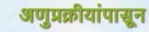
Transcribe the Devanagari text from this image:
अणुप्रक्रीयांपासून